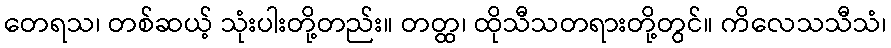
တေရသ၊ တစ်ဆယ့် သုံးပါးတို့တည်း။ တတ္ထ၊ ထိုသီသတရားတို့တွင်။ ကိလေသသီသံ၊